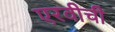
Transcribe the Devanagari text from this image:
एरवीची